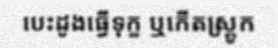
បេះដូងធ្វើទុក្ខ ឬកើតស្ត្រូក